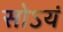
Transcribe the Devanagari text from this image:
सोऽयं